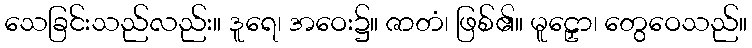
သေခြင်းသည်လည်း။ ဒူရေ၊ အဝေး၌။ ဇာတံ၊ ဖြစ်၏။ မူဠှော၊ တွေဝေသည်။